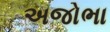
અજોભા